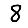
Digit: 8